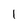
Character: I